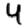
Digit: 4